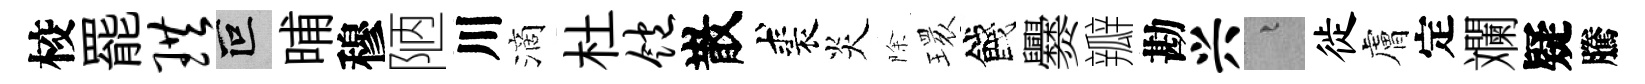
校罷珙叵晡穆陋川滴杜饱散裘炎除𤨔餞爨瓣勘兴融徙膚定斕疑騰